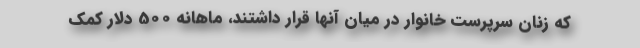
که زنان سرپرست خانوار در میان آنها قرار داشتند، ماهانه 500 دلار کمک